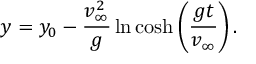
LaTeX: y = y _ { 0 } - { \frac { v _ { \infty } ^ { 2 } } { g } } \ln \cosh \left( { \frac { g t } { v _ { \infty } } } \right) .